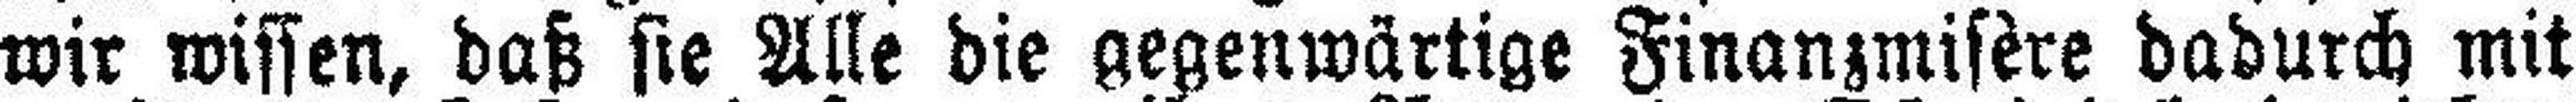
wir wissen, daß sie Alle die gegenwärtige Finanzmisère dadurch mit